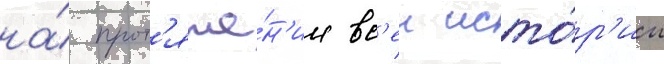
на́ прот'яже́н'ии вс'еи исто́р'ии